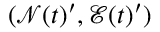
( \mathcal { N } ( t ) ^ { \prime } , \mathcal { E } ( t ) ^ { \prime } )